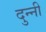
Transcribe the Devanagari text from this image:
दुन्नी